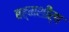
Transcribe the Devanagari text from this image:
बह्मशीर्ष